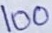
Text: 100